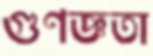
গুণজ্ঞতা